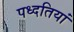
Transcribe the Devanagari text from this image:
पध्दतियां